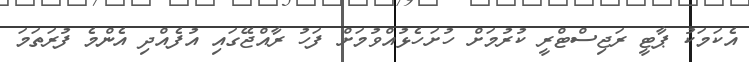
އެކަމަކު ޕާޓީ ރަޖިސްޓްރީ ކުރުމަށް ހުށަހެޅުއްވުމަށް ފަހު ރާއްޖޭގައި އުފެއްދި އެންމެ ފުރަތަމަ